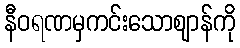
နီဝရဏမှကင်းသောဈာန်ကို